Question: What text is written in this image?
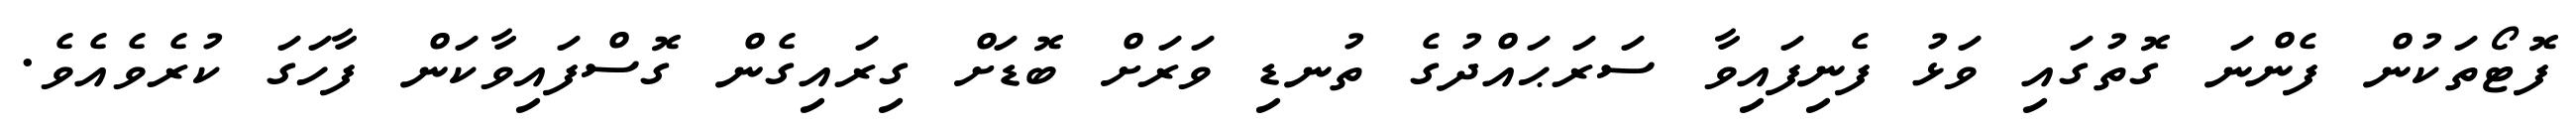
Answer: ފޮޓޯތަކުން ފެންނަ ގޮތުގައި ވަޅު ފެނިފައިވާ ސަރަޙައްދުގެ ތުނޑި ވަރަށް ބޮޑަށް ގިރައިގެން ގޮސްފައިވާކަން ފާހަގަ ކުރެވެއެވެ.